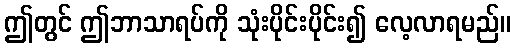
ဤတွင် ဤဘာသာရပ်ကို သုံးပိုင်းပိုင်း၍ လေ့လာရမည်။